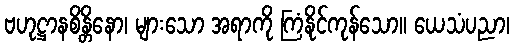
ဗဟုဋ္ဌာနစိန္တိနော၊ များသော အရာကို ကြံနိုင်ကုန်သော။ ယေသံပညာ၊